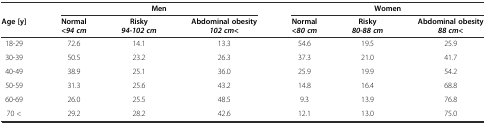
<table><thead><tr><td></td><td colspan="3"><b>Men</b></td><td colspan="3"><b>Women</b></td></tr><tr><td><b>Age [y]</b></td><td><b>Normal <i>&lt;94 cm</i></b></td><td><b>Risky <i>94-102 cm</i></b></td><td><b>Abdominal obesity <i>102 cm&lt;</i></b></td><td><b>Normal <i>&lt;80 cm</i></b></td><td><b>Risky <i>80-88 cm</i></b></td><td><b>Abdominal obesity <i>88 cm&lt;</i></b></td></tr></thead><tbody><tr><td>18-29</td><td>72.6</td><td>14.1</td><td>13.3</td><td>54.6</td><td>19.5</td><td>25.9</td></tr><tr><td>30-39</td><td>50.5</td><td>23.2</td><td>26.3</td><td>37.3</td><td>21.0</td><td>41.7</td></tr><tr><td>40-49</td><td>38.9</td><td>25.1</td><td>36.0</td><td>25.9</td><td>19.9</td><td>54.2</td></tr><tr><td>50-59</td><td>31.3</td><td>25.6</td><td>43.2</td><td>14.8</td><td>16.4</td><td>68.8</td></tr><tr><td>60-69</td><td>26.0</td><td>25.5</td><td>48.5</td><td>9.3</td><td>13.9</td><td>76.8</td></tr><tr><td>70 &lt;</td><td>29.2</td><td>28.2</td><td>42.6</td><td>12.1</td><td>13.0</td><td>75.0</td></tr></tbody></table>